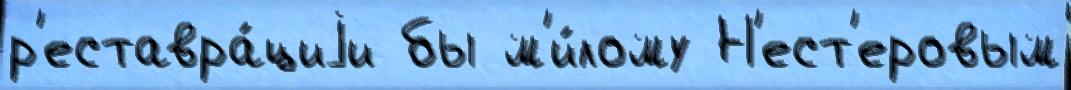
р'еставра́циjи бы м'и́лому Н'ест'еровым